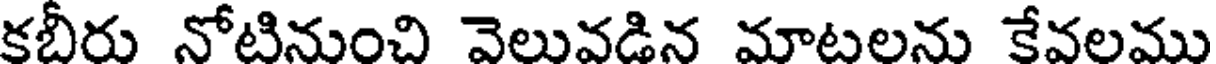
కబీరు నోటినుంచి వెలువడిన మాటలను కేవలము